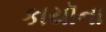
કાયૉના